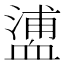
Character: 𧗉